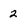
Character: 2